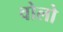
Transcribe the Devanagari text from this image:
वोलो